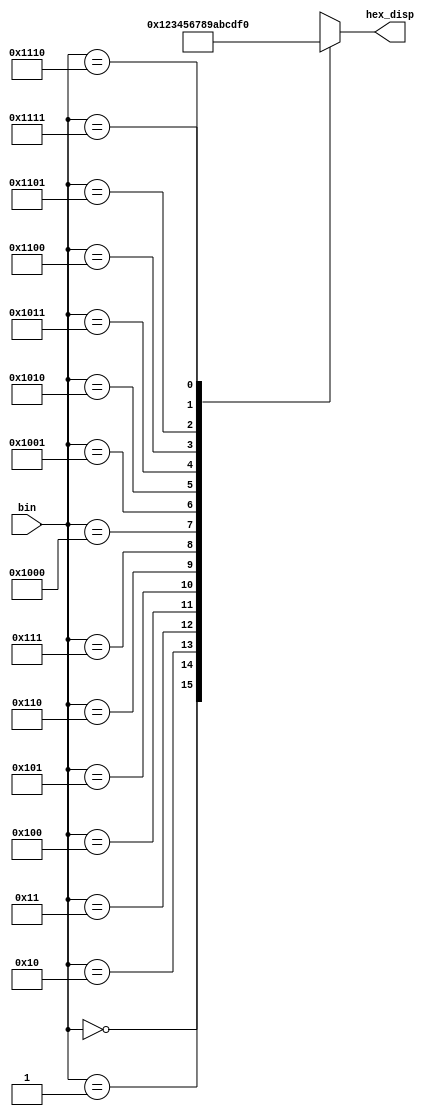
module Modulo2_10(
    input [13:0] bin,
    output reg [3:0] hex_disp
);

always @(*) begin
    case(bin)
        14'h000: hex_disp = 4'h0;
        14'h001: hex_disp = 4'h1;
        14'h010: hex_disp = 4'h2;
        14'h011: hex_disp = 4'h3;
        14'h100: hex_disp = 4'h4;
        14'h101: hex_disp = 4'h5;
        14'h110: hex_disp = 4'h6;
        14'h111: hex_disp = 4'h7;
        14'h1000: hex_disp = 4'h8;
        14'h1001: hex_disp = 4'h9;
        14'h1010: hex_disp = 4'ha;
        14'h1011: hex_disp = 4'hb;
        14'h1100: hex_disp = 4'hc;
        14'h1101: hex_disp = 4'hd;
        14'h1110: hex_disp = 4'he;
        14'h1111: hex_disp = 4'hf;
        default: hex_disp = 4'hx;
    endcase
end

endmodule